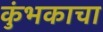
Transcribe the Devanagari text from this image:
कुंभकाचा